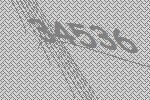
34536